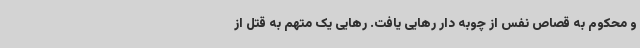
و محکوم به قصاص نفس از چوبه دار رهایی یافت. رهایی یک متهم به قتل از